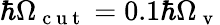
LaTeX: \hbar\Omega_{\mathrm{~c~u~t~}}=0.1\hbar\Omega_{\mathrm{~v~}}